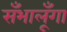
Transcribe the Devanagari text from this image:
सँभालूँगा